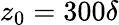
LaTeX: z_{0}=300\delta